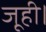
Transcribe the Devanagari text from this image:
जूही।